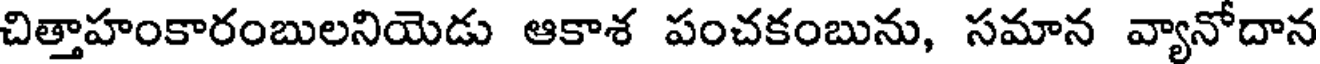
చిత్తాహంకారంబులనియెడు ఆకాశ పంచకంబును, సమాన వ్యానోదాన